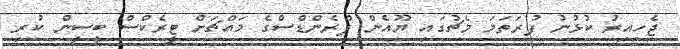
ޖެހިއިރު ކުޅުނު ފުރަތަމަ މެޗުގައި ޔޫއެން ފްރެންޑްސްގެ މައްޗަށް ޓީރެކްސް ބީސީން ކުރި